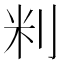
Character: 𫥾